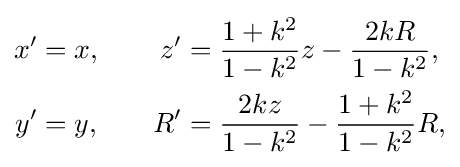
{\begin{aligned}x'&=x,\quad &z'&={\frac {1+k^{2}}{1-k^{2}}}z-{\frac {2kR}{1-k^{2}}},\\y'&=y,&R'&={\frac {2kz}{1-k^{2}}}-{\frac {1+k^{2}}{1-k^{2}}}R,\end{aligned}}